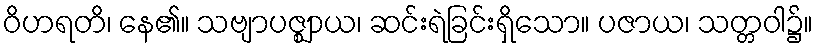
ဝိဟရတိ၊ နေ၏။ သဗျာပဇ္ဈာယ၊ ဆင်းရဲခြင်းရှိသော။ ပဇာယ၊ သတ္တဝါ၌။